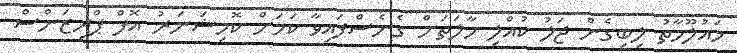
މައުލޫމާތު ލިބިގެން ޖަލު ކުއްލި ހާލަތަށް ގެނެސްފައިވާ ކަމަށް ކޮމިޝަނަރު އޮފް ޕްރިޒަންސް